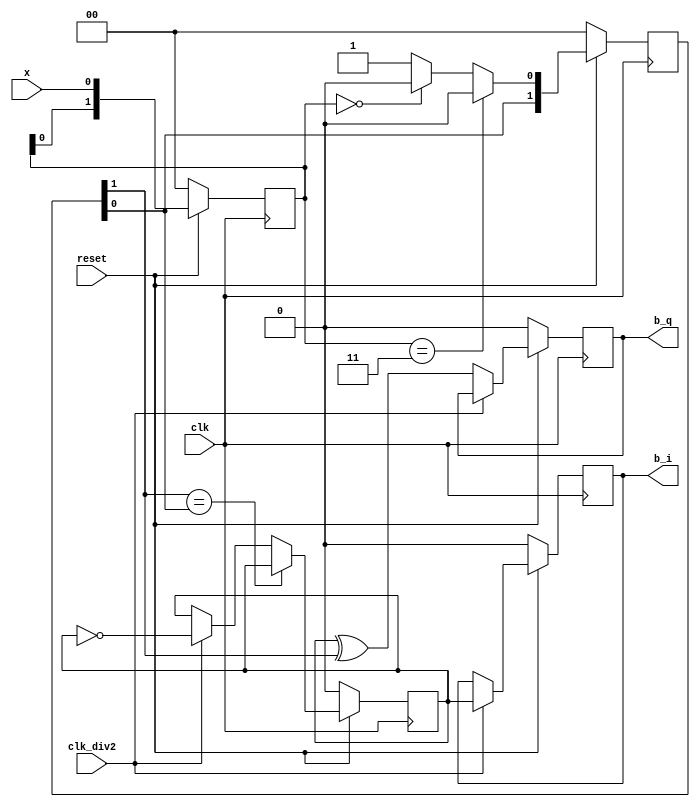
`timescale 1ns / 1ps
//////////////////////////////////////////////////////////////////////////////////
// Company: 
// Engineer: 
// 
// Design Name: 
// Module Name:    s2p 
// Project Name: 
// Target Devices: 
// Tool versions: 
// Description: 
//
// Dependencies: 
//
// Revision: 
// Revision 0.01 - File Created
// Additional Comments: 
//
//////////////////////////////////////////////////////////////////////////////////
module s2p(clk, clk_div2, reset, x, b_i, b_q);
input clk;
input clk_div2;
input reset;
input x; //011-1
output b_i, b_q;

reg b_i, b_q;
reg [1:0] x_t, d_t; //
wire d_x; //
always @(posedge clk) begin
   if(!reset) begin
	   x_t <= 0;
		d_t <= 0;
	end
	else begin
	   x_t[1:0] <= {x_t[0], x}; 
      d_t[1:0] <= {d_t[0], d_x};	
   end		
end

// , d_x(n) = x(n)*x(n-1)
assign d_x = (x_t==2'b11) ? 0 :(x_t==2'b00) ? 0 : 1;

// IQ
reg s_flag; //
always @(posedge clk) begin
	if(!reset) begin
	   s_flag <= 0;
		b_i <= 0;
		b_q <= 0;
	end
	else begin
		if(d_t[1] == d_t[0])
			s_flag <= s_flag;
		else 
		   if(clk_div2)
            s_flag <= !s_flag;
         else
            s_flag <= s_flag;			
      if(clk_div2) //
         b_i <= s_flag; 
      else
         b_q <= s_flag ^ d_t[1];		
	end	
end

endmodule